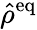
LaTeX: \hat{\rho}^{\mathrm{eq}}